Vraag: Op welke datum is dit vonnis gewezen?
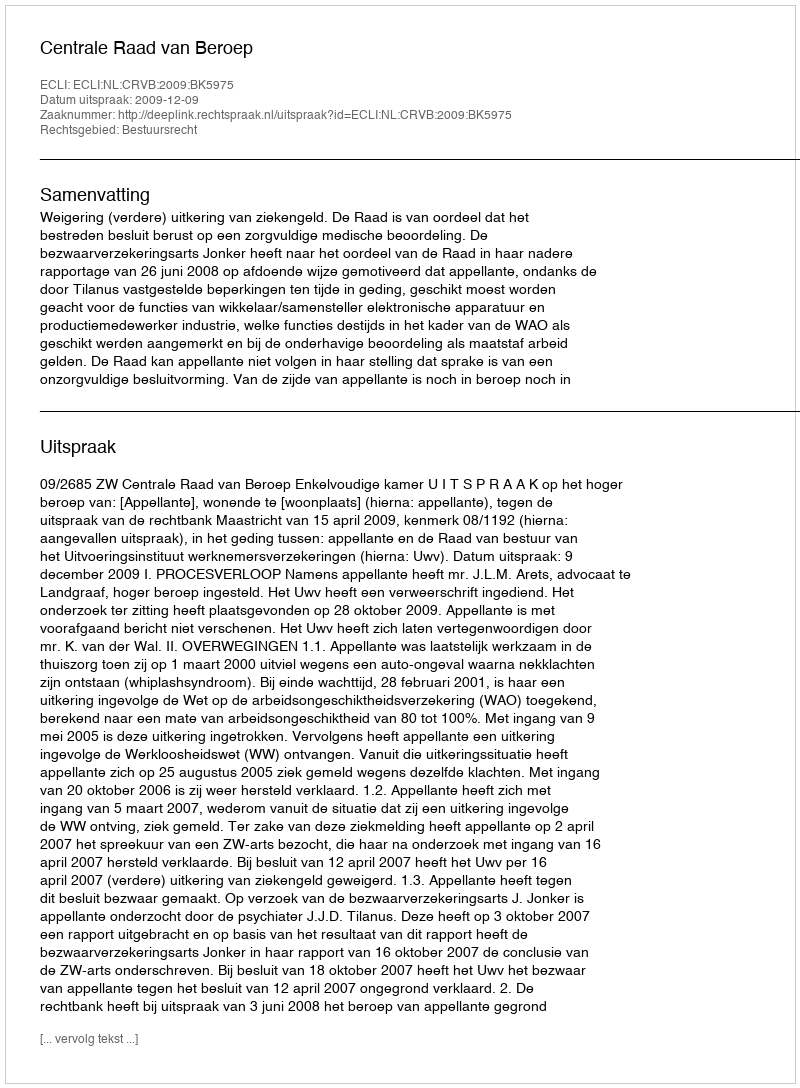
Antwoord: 2009-12-09